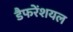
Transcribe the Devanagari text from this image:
डैफरेंशयल